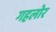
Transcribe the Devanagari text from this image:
गहलोर